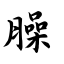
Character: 臊